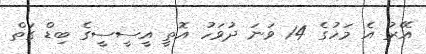
އޭރު އެ މަހުގެ 14 ވަނަ ދުވަހު އޮތީ އީސީސީގެ ބިޑް ގަތް